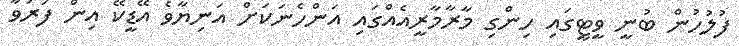
ފުލުހުން ބުނީ ވީޓީގައި ހިންގި މާރާމާރީއެއްގައި އަންހެނަކަށް އަނިޔާވެ އޭޑީކޭ އިން ފަރުވާ